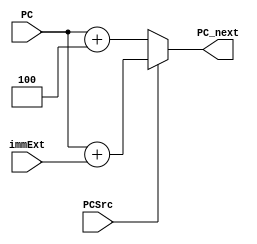
module PC_Next (
    PCSrc,immExt,PC_next,PC
);
 input PCSrc;
 input [31:0]  immExt,PC;
 output [31:0] PC_next;
 always @(*) begin
    if (PCSrc==0) begin
        PC_next=PC+4;
    end else begin
        PC_next=PC+immExt;
    end
 end
endmodule